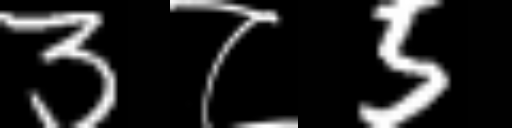
Text: 3८5